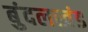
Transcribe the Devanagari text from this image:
बुंदलखंड